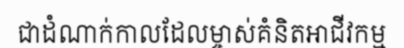
ជាដំណាក់កាលដែលម្ចាស់គំនិតអាជីវកម្ម